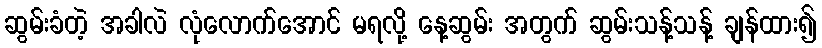
ဆွမ်းခံတဲ့ အခါလဲ လုံလောက်အောင် မရလို့ နေ့ဆွမ်း အတွက် ဆွမ်းသန့်သန့် ချန်ထား၍